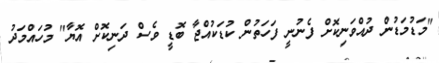
"މަޑުމަޑުން ދުއްވަނިކޮށް ފެނުނީ ފަހަތުން ކުޑަކުއްޖާ ބޮޑީ ވެސް ދަނިކޮށް އޮޔާ" މުހައްމަދު